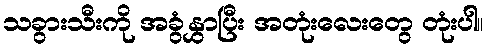
သခွားသီးကို အခွံနွှာပြီး အတုံးလေးတွေ တုံးပါ။